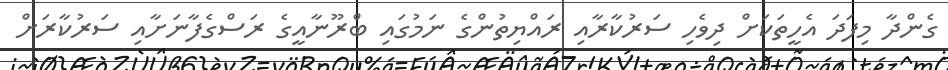
ގެންދާ މިފަދަ އެހީތަކަށް ދިވެހި ސަރުކާރާއި ރައްޔިތުންގެ ނަމުގައި ބްރޫނާއީގެ ރަސްގެފާނަށާއި ސަރުކާރަށް